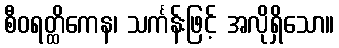
စီဝရတ္ထိကေန၊ သင်္ကန်းဖြင့် အလိုရှိသော။